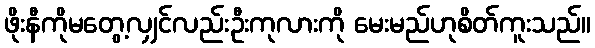
ဖိုးနီကိုမတွေ့လျှင်လည်းဦးကုလားကို မေးမည်ဟုစိတ်ကူးသည်။